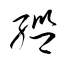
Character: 繿